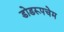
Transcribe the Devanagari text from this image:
डोडरूपचेम